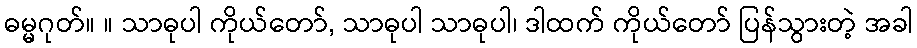
ဓမ္မဂုတ်။ ။ သာဓုပါ ကိုယ်တော်, သာဓုပါ သာဓုပါ၊ ဒါထက် ကိုယ်တော် ပြန်သွားတဲ့ အခါ